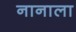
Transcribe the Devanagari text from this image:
नानाला